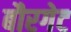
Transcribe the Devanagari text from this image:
बौरगेट